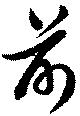
前